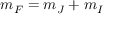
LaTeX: m _ { F } = m _ { J } + m _ { I }